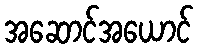
အဆောင်အယောင်